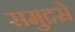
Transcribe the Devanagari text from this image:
समुद्रसे